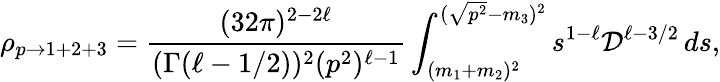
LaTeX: \rho_{p\rightarrow 1+2+3}=\frac{(32\pi)^{2-2\ell}}{(\Gamma(\ell-1/2))^{2}(p^{2})^{\ell-1}}\int_{(m_{1}+m_{2})^{2}}^{(\sqrt{p^{2}}-m_{3})^{2}}s^{1-\ell}{\cal D}^{\ell-3/2}\, ds,